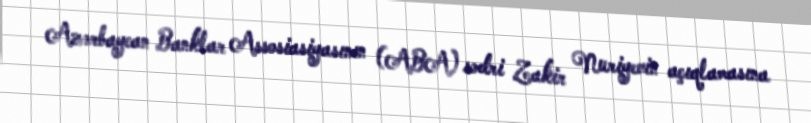
Azərbaycan Banklar Assosiasiyasının (ABA) sədri Zakir Nuriyevin açıqlamasına